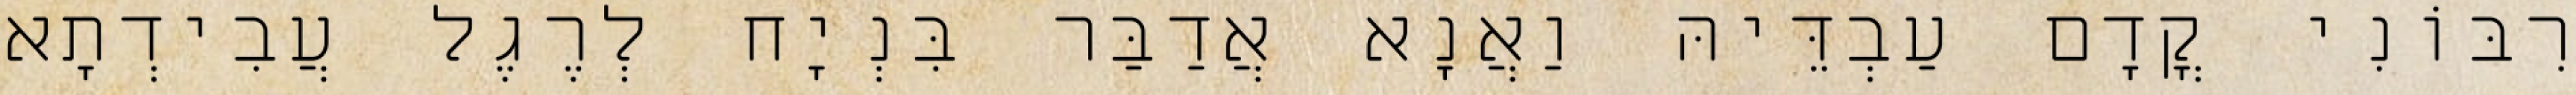
רִבּוֹנִי קֳדָם עַבְדֵּיהּ וַאֲנָא אֲדַבַּר בִּנְיָח לְרֶגֶל עֲבִידְתָא